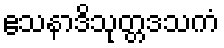
ဧသနာဒိသုတ္တဒသကံ